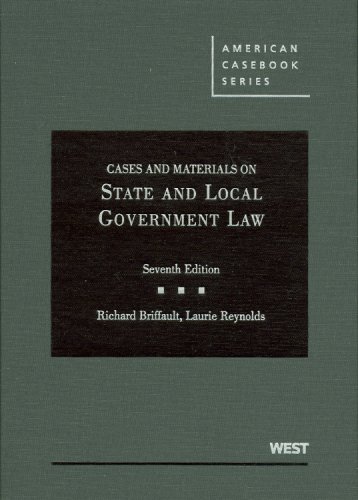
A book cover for Cases and Materials on State and Local Government Law (American Casebook Series); Richard Briffault; Law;